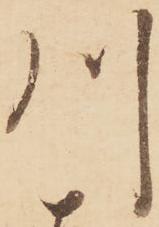
川